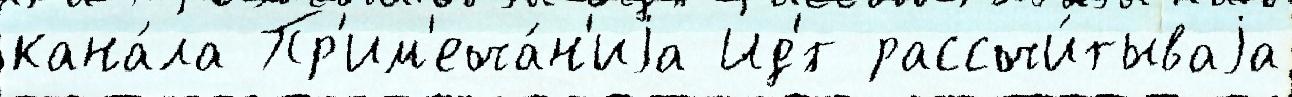
кана́ла Пр'им'еча́н'иjа Ид'́т рассчи́тываjа